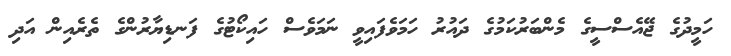
ހަމީދުގެ ޖޭއެސްސީގެ މެންބަރުކަމުގެ ދައުރު ހަމަވެފައިވީ ނަމަވެސް ހައިކޯޓުގެ ފަނޑިޔާރުންގެ ތެރެއިން އަދި